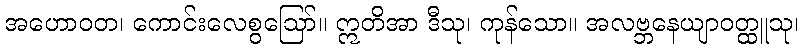
အဟောဝတ၊ ကောင်းလေစွဩော်။ ဣတိအာ ဒီသု၊ ကုန်သော။ အလဗ္ဘနေယျာဝတ္ထူသု၊